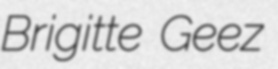
Brigitte Geez